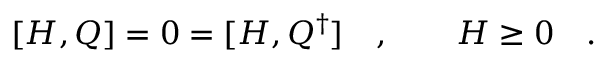
[ H , Q ] = 0 = [ H , Q ^ { \dagger } ] \quad , \qquad H \geq 0 \quad .